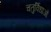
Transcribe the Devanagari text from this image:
चतुर्विधाओं